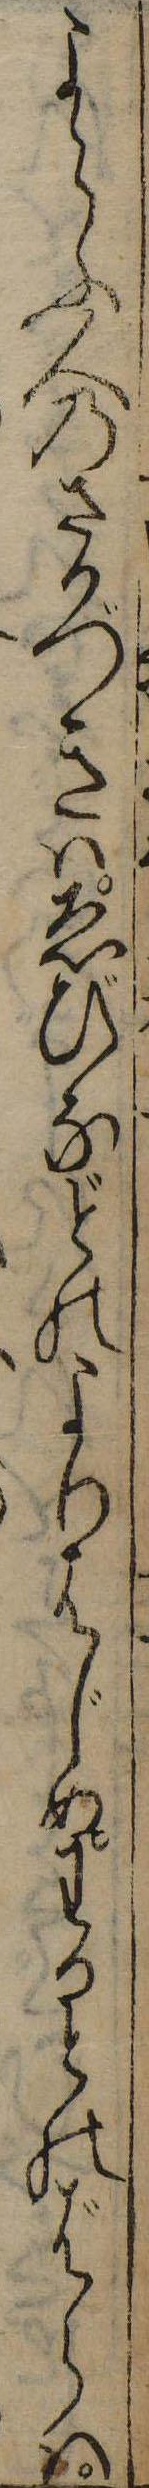
よらふ人のさかづきはゑびなどのよりはじめわかとのばらは